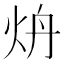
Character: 炿